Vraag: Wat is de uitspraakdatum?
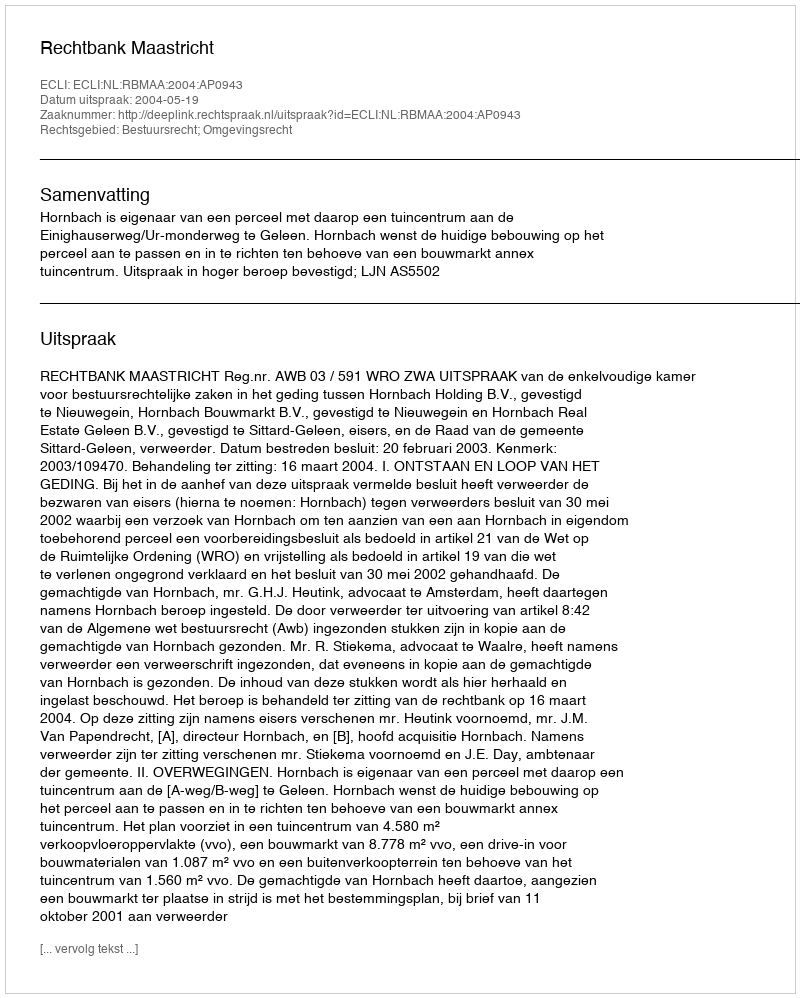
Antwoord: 2004-05-19